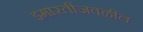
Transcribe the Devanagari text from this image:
इमारतीजवळील